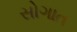
સોગાત